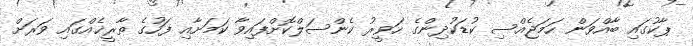
ޕާކުގައި ބާއްވަން ހަމަޖެއްސި ކުޑަކުދިންގެ ހަވީރު ކެންސަލްކޮށްފައިވާ ކަމަށާއި ފަހުގެ ތާރީޚެއްގައި ވަރަށް